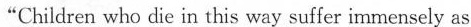
“Children who die in this way suffer immensely as